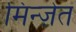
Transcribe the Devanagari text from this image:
मिन्ज़ेत